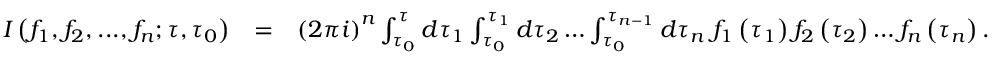
\begin{array} { r l r } { I \left( f _ { 1 } , f _ { 2 } , . . . , f _ { n } ; \tau , \tau _ { 0 } \right) } & { = } & { \left( 2 \pi i \right) ^ { n } \int _ { \tau _ { 0 } } ^ { \tau } d \tau _ { 1 } \int _ { \tau _ { 0 } } ^ { \tau _ { 1 } } d \tau _ { 2 } \dots \int _ { \tau _ { 0 } } ^ { \tau _ { n - 1 } } d \tau _ { n } \; f _ { 1 } \left( \tau _ { 1 } \right) f _ { 2 } \left( \tau _ { 2 } \right) \dots f _ { n } \left( \tau _ { n } \right) . } \end{array}